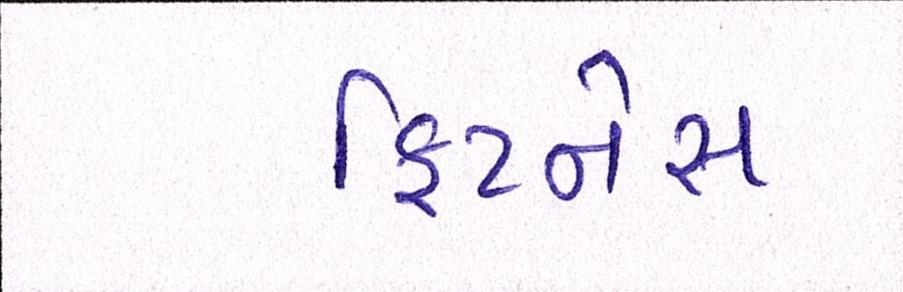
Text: ફિટનેસ